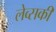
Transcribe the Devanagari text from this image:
लेव्‍सकी